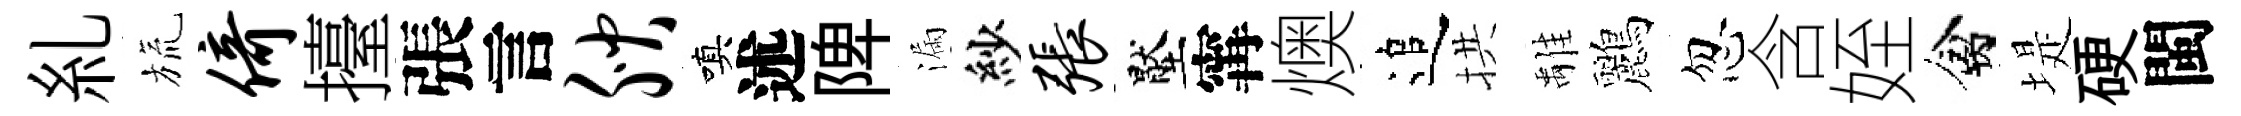
糺旒倚擡張言腴嗔述陴漏紗张壓𡩋燠追拱𩀌鸝忽含姪禽堤硬閩